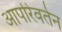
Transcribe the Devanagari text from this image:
आपरिवर्तन